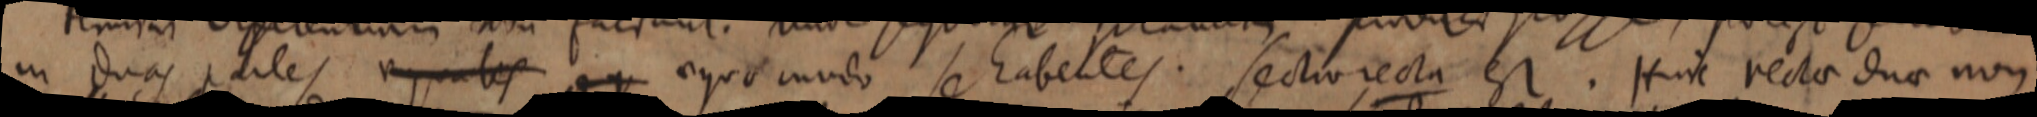
in duas partes aequales et ergo modo se habentes. Sectio recta est. Hinc recta duae non